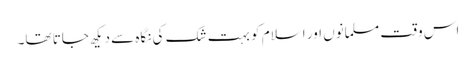
اس وقت مسلمانوں اور اسلام کو بہت شک کی نگاہ سے دیکھ جاتا تھا۔